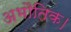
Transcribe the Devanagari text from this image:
अभौतिक।